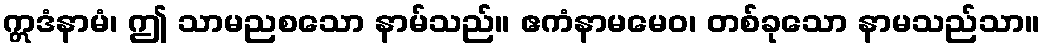
ဣဒံနာမံ၊ ဤ သာမညစသော နာမ်သည်။ ဧကံနာမမေဝ၊ တစ်ခုသော နာမသည်သာ။